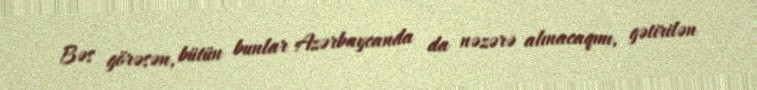
Bəs görəsən, bütün bunlar Azərbaycanda da nəzərə alınacaqmı, gətirilən